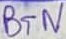
Text: BTN